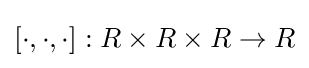
[\cdot ,\cdot ,\cdot ]:R\times R\times R\to R